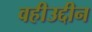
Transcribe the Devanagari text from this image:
वहीउद्दीन